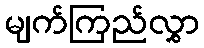
မျက်ကြည်လွှာ